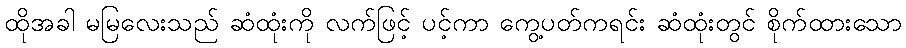
ထိုအခါ မမြလေးသည် ဆံထုံးကို လက်ဖြင့် ပင့်ကာ ကွေ့ပတ်ကရင်း ဆံထုံးတွင် စိုက်ထားသော